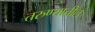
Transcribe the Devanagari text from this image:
तरुण्यातील